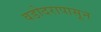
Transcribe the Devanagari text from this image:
वडोदरापासून